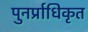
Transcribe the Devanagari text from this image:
पुनर्प्राधिकृत